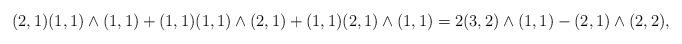
LaTeX: \begin{align*}(2,1)(1,1)\wedge(1,1) + (1,1)(1,1)\wedge(2,1) + (1,1)(2,1) \wedge (1,1) = 2 (3,2)\wedge (1,1) - (2,1)\wedge(2,2),\end{align*}